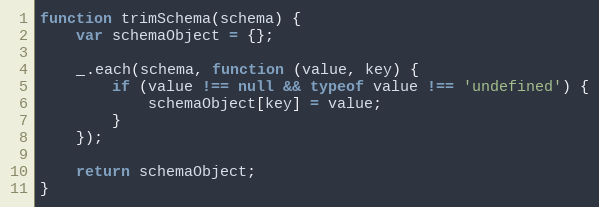
Language: JavaScript
function trimSchema(schema) {
    var schemaObject = {};

    _.each(schema, function (value, key) {
        if (value !== null && typeof value !== 'undefined') {
            schemaObject[key] = value;
        }
    });

    return schemaObject;
}